Civil Veterinary Department Bihar & Orissa reports 1922-29 - 1922-1929
Year: 1922
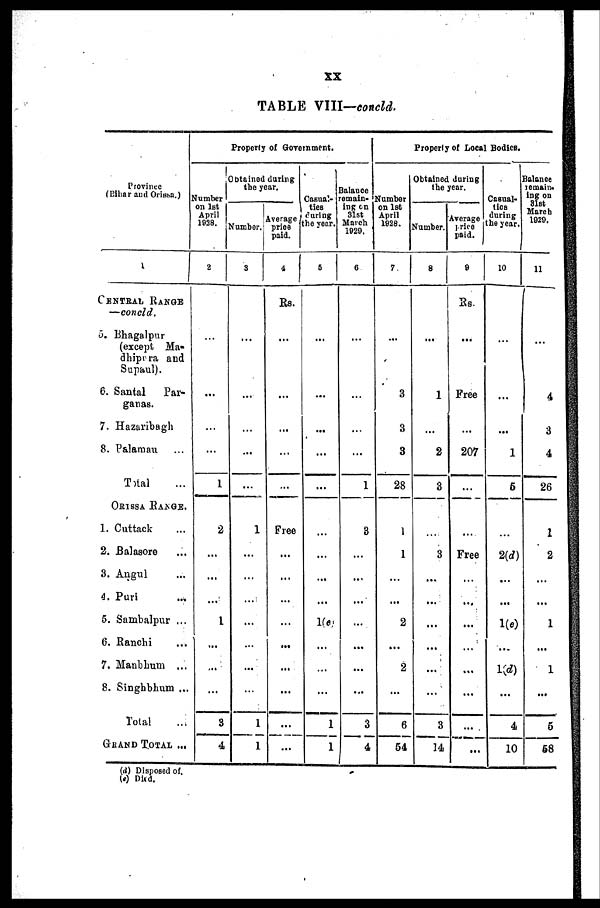
XX
TABLE VIII—concld.
Province
(Bihar and Orissa).
1
CENTRAL RANGE
—concld.
3. Bhagalpur
(except Ma-
dhipura and
Supaul).
6. Santal
Par-
ganas.
7. Hazaribagh
8. Palamau
Total
ORISSA RANGE.
1. Cuttack
2. Balasore
3. Angul
4. Puri
5. Sambalpur ...
6. Ranchi
7. Manbhum ...
8. Singhbhum ...
Total
GRAND TOTAL ...
Properly of Government.
Number
on 1st
April
1038.
2
...
...
...
...
1
2
...
...
...
1
...
...
...
3
4
btained during
the year.
Number.
3
...
...
...
...
...
1
...
...
...
...
...
...
...
1
1
Average
price
paid.
Rs.
...
...
...
...
Free
...
...
...
...
...
...
...
...
Casual-
ties
during
he year.
6
...
...
...
...
...
...
...
...
...
1(a)
...
...
...
1
1
Balance
emain-
ing on
31st
March
1929.
8
...
...
...
1
3
...
...
...
...
...
...
...
3
4
Property of Local Bodies.
Slumber
on 1st
April
1928.
7
...
3
3
3
28
1
1
...
...
2
...
2
...
6
54
Obtained during
the year.
Number.
8
...
...
2
3
3
...
...
...
...
...
...
3
14
average
price
paid.
9
Kb.
...
Free
...
207
...
...
Free
...
...
...
...
...
...
...
...
Casual*
ties
during
he year.
10
...
...
...
1
6
...
2(d)
...
...
1(a)
...
1(d)
...
4
10
Balance
remain-
ing on
31st
March
1029.
11
...
4
3
4
26
1
2
...
...
1
...
1
...
5
68
(d) Disposed of.
(e) Dhd.